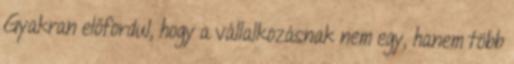
Gyakran előfordul, hogy a vállalkozásnak nem egy, hanem több